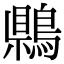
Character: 𪃷